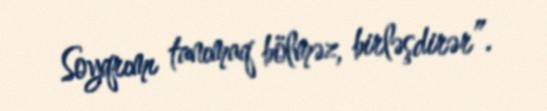
Soyqrımı tanımaq bölməz, birləşdirər”.